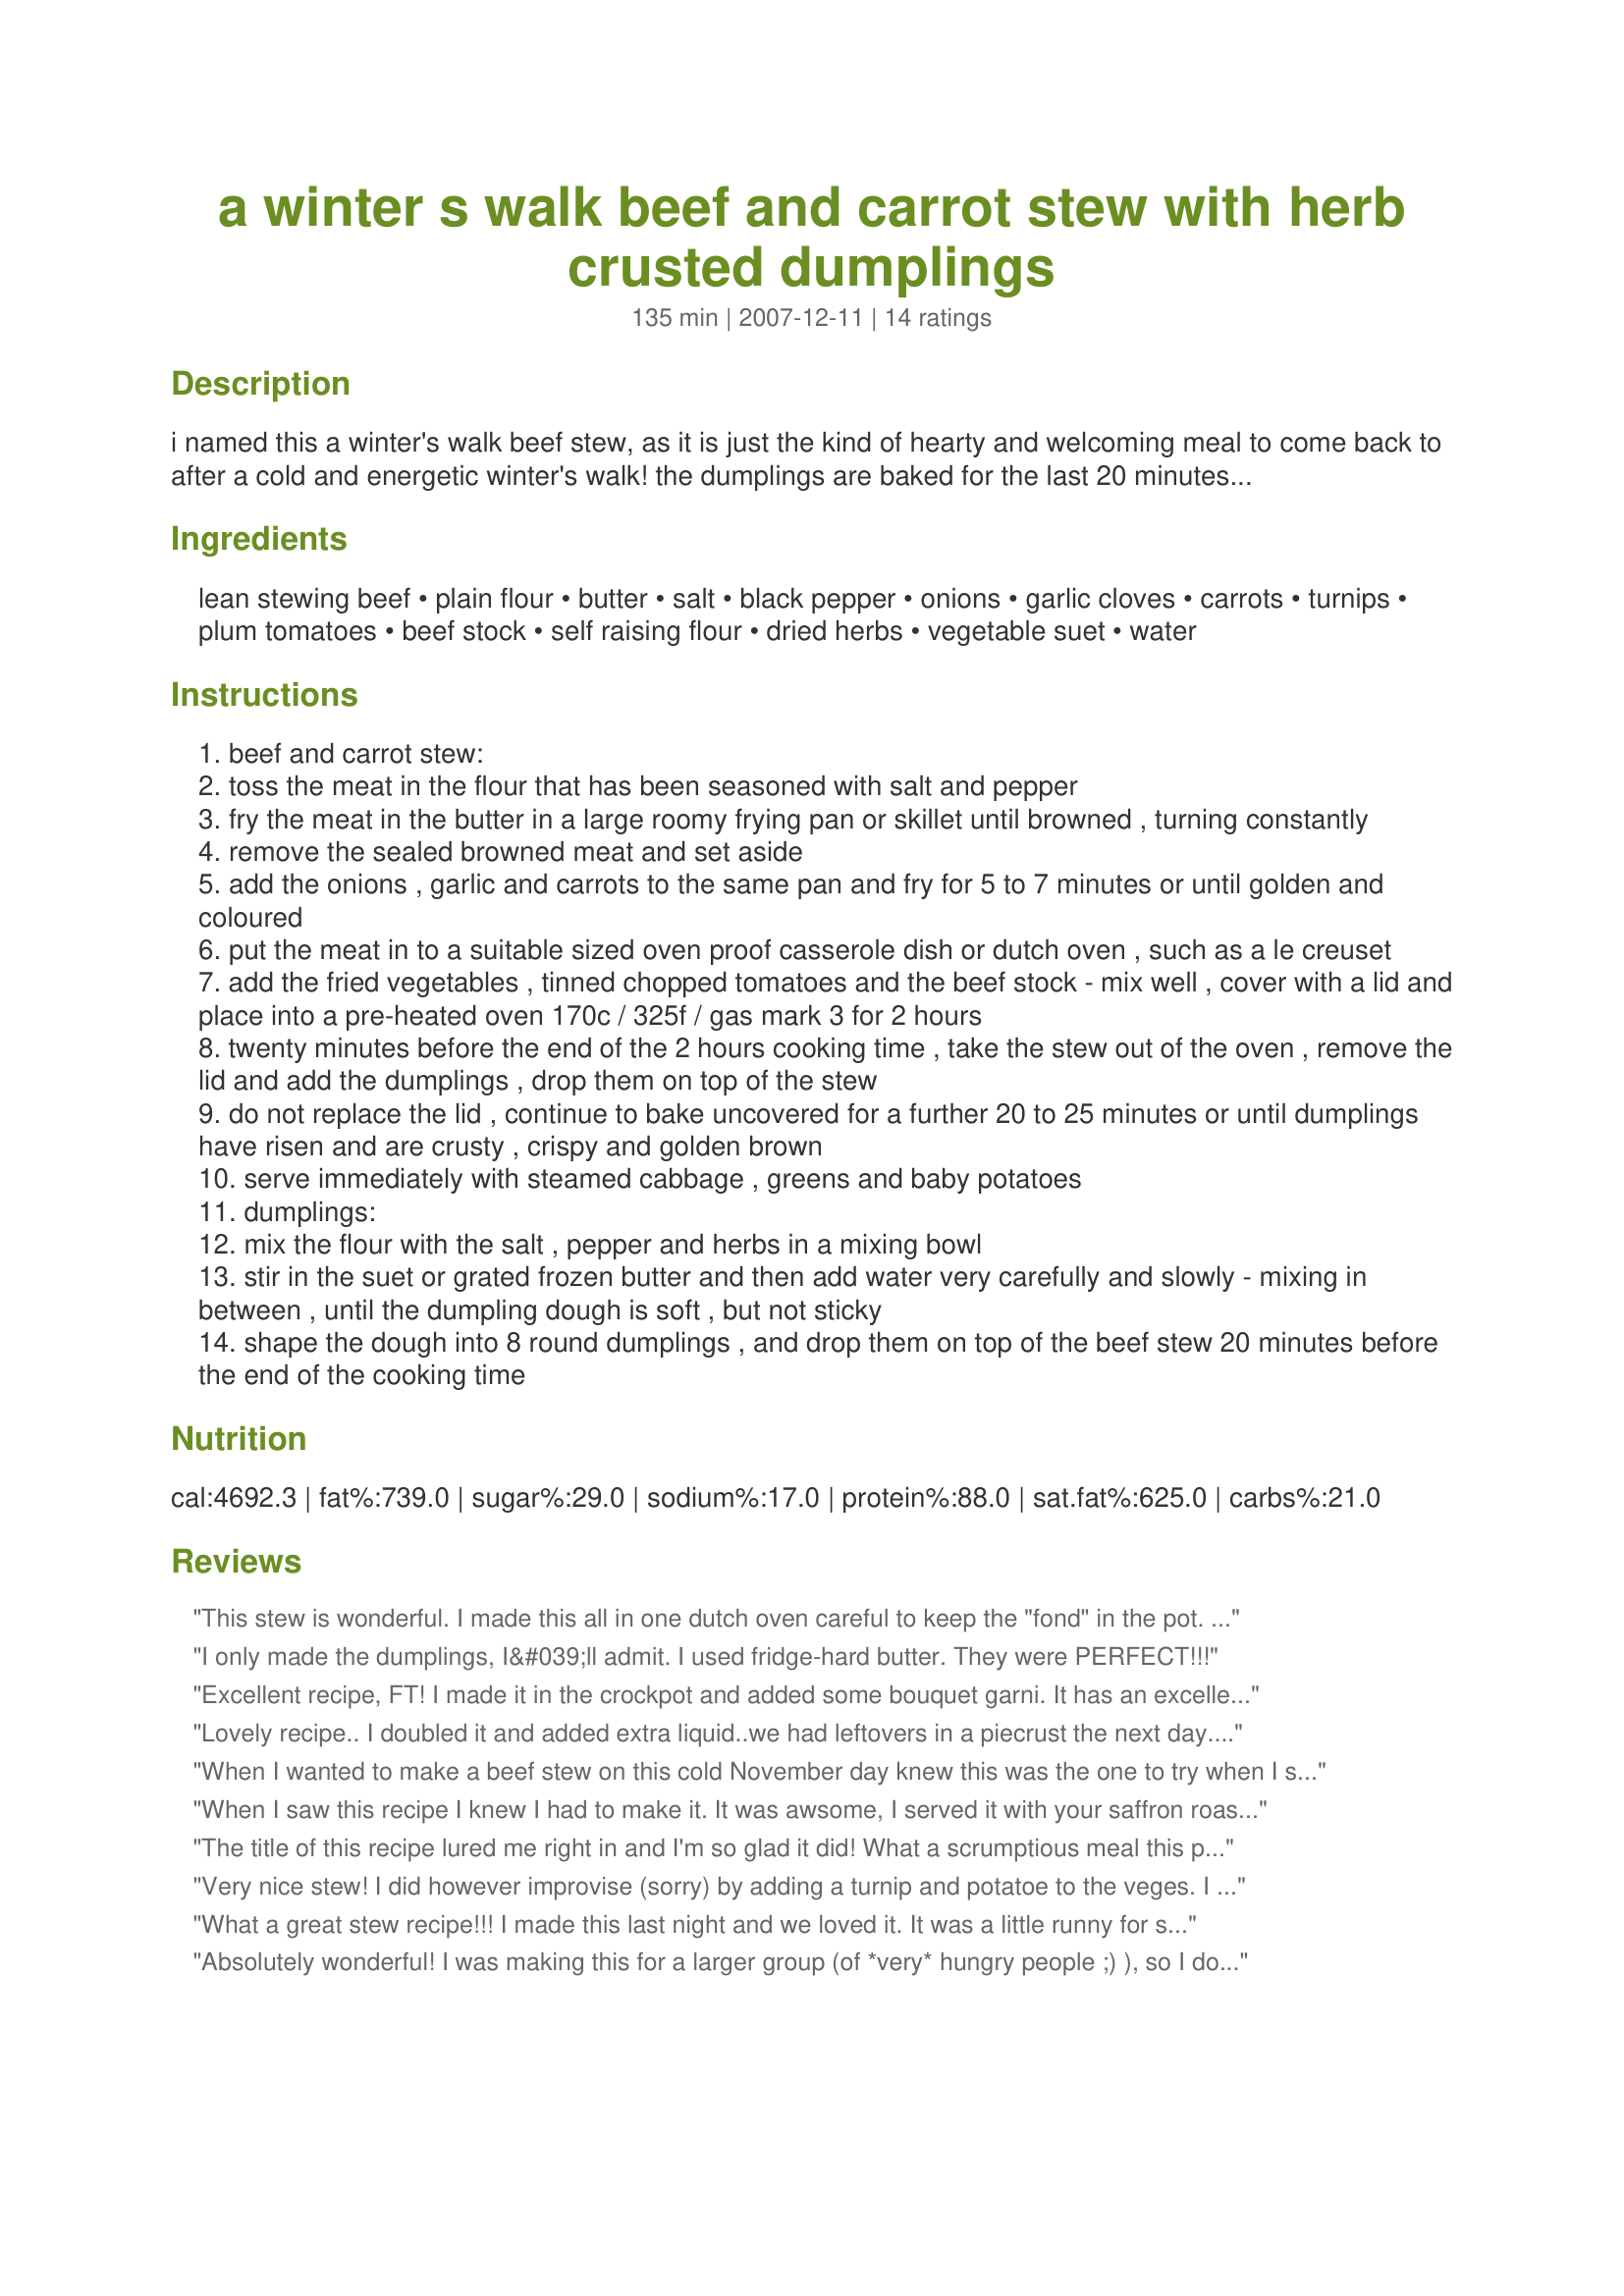
a winter s walk beef and carrot stew with herb crusted dumplings
Preparation time: 135 minutes

i named this a winter's walk beef stew, as it is just the kind of hearty and welcoming meal to come back to after a cold and energetic winter's walk! the dumplings are baked for the last 20 minutes on top of the stew and are deliciously crisp and golden, but still fluffy and light underneath. this can be made with minced beef/ground beef as well as braising/stewing steak or chuck steak. i have allowed 2 dumplings per person here - please adapt the quantities to suit, but we always find 2 dumplings each very satisfying! there is no need to serve much else with this filling comforting stew, maybe some steamed cabbage, baby potatoes or greens would be nice.....or a few extra carrots. this serves 4 people with very generous helpings. you may need a walk afterwards!! a nice glass of robust red wine or a pint of ale would be great accompaniments! this can be made in a crockpot - up to the dumpling stage and then the stew can be put into an ovenproof dish and baked with the dumplings. likewise, if you are going for a pre-dinner walk - make the stew right up to the dumpling stage, and then finish off when you get home.

Ingredients:
lean stewing beef, plain flour, butter, salt, black pepper, onions, garlic cloves, carrots, turnips, plum tomatoes, beef stock, self raising flour, dried herbs, vegetable suet, water

Steps:
beef and carrot stew:
toss the meat in the flour that has been seasoned with salt and pepper
fry the meat in the butter in a large roomy frying pan or skillet until browned , turning constantly
remove the sealed browned meat and set aside
add the onions , garlic and carrots to the same pan and fry for 5 to 7 minutes or until golden and coloured
put the meat in to a suitable sized oven proof casserole dish or dutch oven , such as a le creuset
add the fried vegetables , tinned chopped tomatoes and the beef stock - mix well , cover with a lid and place into a pre-heated oven 170c / 325f / gas mark 3 for 2 hours
twenty minutes before the end of the 2 hours cooking time , take the stew out of the oven , remove the lid and add the dumplings , drop them on top of the stew
do not replace the lid , continue to bake uncovered for a further 20 to 25 minutes or until dumplings have risen and are crusty , crispy and golden brown
serve immediately with steamed cabbage , greens and baby potatoes
dumplings:
mix the flour with the salt , pepper and herbs in a mixing bowl
stir in the suet or grated frozen butter and then add water very carefully and slowly - mixing in between , until the dumpling dough is soft , but not sticky
shape the dough into 8 round dumplings , and drop them on top of the beef stew 20 minutes before the end of the cooking time

Reviews:
This stew is wonderful. I made this all in one dutch oven careful to keep the "fond" in the pot. I did have to add butter between browing & removing the meat & adding the vegtables. Also I added a full pint of liquid, half beef stock & half red wine. As for the tomatoes I chopped two roma tomatoes into chuncks. It was the most amazing stew I ever made or ever ate. I didn't make the dumplings because it's just me & I was feeling lazy tonight, but definately going to make them next time. This could feed a family of four or five easy. Thank you French.. I've saved just about every recipe you've posted & am working through them one by one! :)
I only made the dumplings, I&#039;ll admit. I used fridge-hard butter. They were PERFECT!!!
Excellent recipe, FT! I made it in the crockpot and added some bouquet garni. It has an excellent flavour. Thanks.
Lovely recipe.. I doubled it and added extra liquid..we had leftovers in a piecrust the next day.

thankyou for a great recipe.
When I wanted to make a beef stew on this cold November day knew this was the one to try when I saw it was your&#039;s Frenchie. Every one of your recipes have been outstanding and this one is no exception. Loved the idea of the dumplings with it and they were so easy to make. The only thing I did differant was leave out the turnips as I had none, and add some oregano and basil to the soup. Used the beef broth with wine and DH declared this the best stew he&#039;s ever had and I have to agree. Thick, rich and meaty with the soft, savory dumplings - perfect.
When I saw this recipe I knew I had to make it. It was awsome, I served it with your saffron roast vegetables. I did not have suet so I used chilled butter as you suggested. I cooked in the slow cooker for 4 hours on high. Best stew recipe I have had, thanks french tart.
The title of this recipe lured me right in and I'm so glad it did! What a scrumptious meal this provided. We went on a fall bike ride through the woods while this was simmering and came back to the delicious aroma. The flavoring is lovely and I love the addition of herb crusted dumplings. C'est magnifique!
~Made for the Nov. Aussie/NZ Swap~
Very nice stew! I did however improvise (sorry) by adding a turnip and potatoe to the veges. I also (sorry) added 2 bay leaves. 
The dumplings were superb! Lovely dish. Thank you for sharing!
What a great stew recipe!!! I made this last night and we loved it. It was a little runny for stew, but I will use a bit more flour next time when browning the meat....easy enough fix. The dumplings were a great addition to this stew. I used my food processor to grate up the frozen butter and it was a breeze. Thank you so much for sharing this very good stew recipe with us. I plan on making this many times in the cold winter months.
Absolutely wonderful! I was making this for a larger group (of *very* hungry people ;) ), so I doubled the recipe, and used ground beef because I had an abundance of it that needed to be used up. Having not quite enough carrots for a doubled recipe, I added in two parsnips and loved what that did for the flavor. I also added four smaller-sized potatoes that needed to be used up, which made the dish even more complete. Because of the extra veggies, I included a bit more liquid than called for, using some of the reserved liquid from the 14.oz can of diced tomatoes that I'd drained and added. This was a HUGE hit with my fiance and our friends! People went back for seconds -- and in some cases, thirds! Thanks for sharing a keeper of a recipe!
This was very tasty. I really liked the turnip. It does only serve 4.
Wonderful dish it has a very rich flavor. I always love stews and this one will definately be made again. I only changed some of the veggies adding in parsnips and a turnip from the garden I also used the wine option. My only complaint is idiot that I am I made this ahead and froze it and then FORGOT the dumplings! But I'm sure they are good too
Absolutely brilliant. I also did improvise a little by adding some tomatoe puree and reduced Rioja to "lift the flavours".

Great !
Thank you so much for this recipe. I made this as a special dinner for us for Christmas Eve. I made just as stated except that I diced one med potato and added it to the stew. I used a 10oz can of Rotel tomatoes with green chillis to give it a little kick. Excelent meal.
